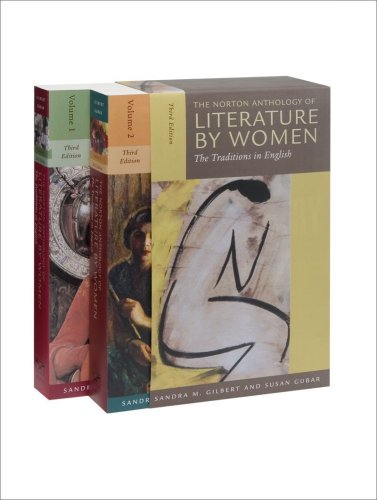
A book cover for Norton Anthology of Literature by Women (Boxed set, Volumes 1 and 2); Literature & Fiction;